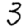
Digit: 3